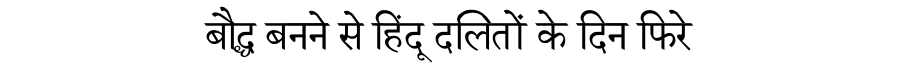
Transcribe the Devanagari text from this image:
बौद्ध बनने से हिंदू दलितों के दिन फिरे